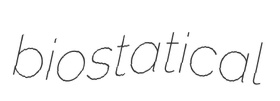
biostatical